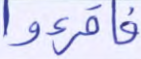
فاقرءوا